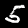
Digit: 5